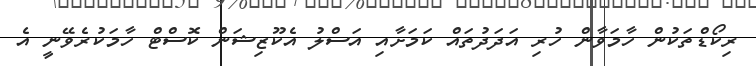
ރިކޯޑްތަކުން ހާމަވާން ހުރި އަދަދުތައް ކަމަށާއި އަސްލު އެކޫޒިޝަން ކޮސްޓް ހާމަކުރެވޭނީ އެ